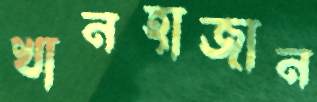
খানহাজান